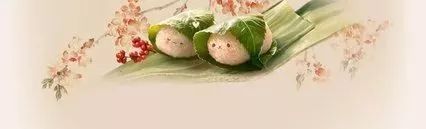
独写菖蒲竹叶杯，蓬城芳草踏初回。